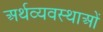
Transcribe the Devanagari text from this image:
अर्थव्यवस्थाआें